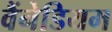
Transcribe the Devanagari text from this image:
वैंनेडियम